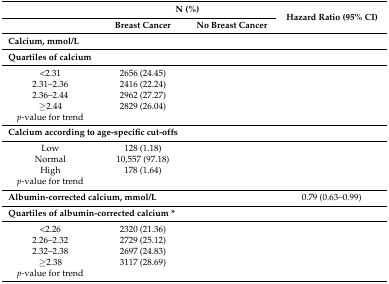
<table><thead><tr><td>[EMPTY_CELL]</td><td colspan="2"><b>N (%)</b></td><td rowspan="2"><b>Hazard Ratio (95% CI)</b></td></tr><tr><td>[EMPTY_CELL]</td><td><b>Breast Cancer</b></td><td><b>No Breast Cancer</b></td></tr></thead><tbody><tr><td colspan="2"><b>Calcium, mmol/L</b></td><td>[EMPTY_CELL]</td><td>[EMPTY_CELL]</td></tr><tr><td colspan="4"><b>Quartiles of calcium</b></td></tr><tr><td>&lt;2.31</td><td>2656 (24.45)</td><td>[EMPTY_CELL]</td><td>[EMPTY_CELL]</td></tr><tr><td>2.31–2.36</td><td>2416 (22.24)</td><td>[EMPTY_CELL]</td><td>[EMPTY_CELL]</td></tr><tr><td>2.36–2.44</td><td>2962 (27.27)</td><td>[EMPTY_CELL]</td><td>[EMPTY_CELL]</td></tr><tr><td>≥2.44</td><td>2829 (26.04)</td><td>[EMPTY_CELL]</td><td>[EMPTY_CELL]</td></tr><tr><td><i>p</i>-value for trend</td><td>[EMPTY_CELL]</td><td>[EMPTY_CELL]</td><td>[EMPTY_CELL]</td></tr><tr><td colspan="4"><b>Calcium according to age-specific cut-offs</b></td></tr><tr><td>Low</td><td>128 (1.18)</td><td>[EMPTY_CELL]</td><td>[EMPTY_CELL]</td></tr><tr><td>Normal</td><td>10,557 (97.18)</td><td>[EMPTY_CELL]</td><td>[EMPTY_CELL]</td></tr><tr><td>High</td><td>178 (1.64)</td><td>[EMPTY_CELL]</td><td>[EMPTY_CELL]</td></tr><tr><td><i>p</i>-value for trend</td><td>[EMPTY_CELL]</td><td>[EMPTY_CELL]</td><td>[EMPTY_CELL]</td></tr><tr><td colspan="3"><b>Albumin-corrected calcium, mmol/L</b></td><td>0.79 (0.63–0.99)</td></tr><tr><td colspan="4"><b>Quartiles of albumin-corrected calcium *</b></td></tr><tr><td>&lt;2.26</td><td>2320 (21.36)</td><td>[EMPTY_CELL]</td><td>[EMPTY_CELL]</td></tr><tr><td>2.26–2.32</td><td>2729 (25.12)</td><td>[EMPTY_CELL]</td><td>[EMPTY_CELL]</td></tr><tr><td>2.32–2.38</td><td>2697 (24.83)</td><td>[EMPTY_CELL]</td><td>[EMPTY_CELL]</td></tr><tr><td>≥2.38</td><td>3117 (28.69)</td><td>[EMPTY_CELL]</td><td>[EMPTY_CELL]</td></tr><tr><td><i>p</i>-value for trend</td><td>[EMPTY_CELL]</td><td>[EMPTY_CELL]</td><td>[EMPTY_CELL]</td></tr></tbody></table>